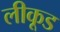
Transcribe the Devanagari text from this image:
लीकूड